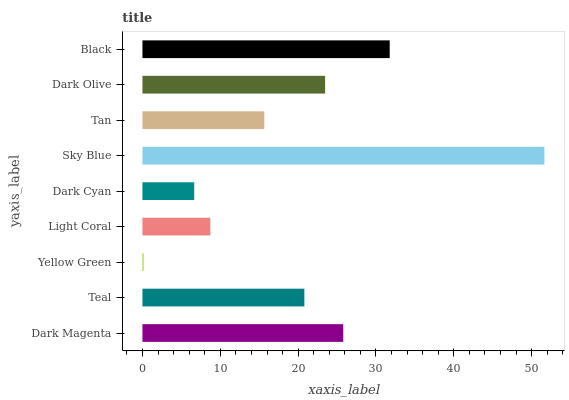
| yaxis_label | bars |
 | --- | --- |
 | Dark Magenta | 25.8 |
 | Teal | 20.8 |
 | Yellow Green | 0.135 |
 | Light Coral | 8.72 |
 | Dark Cyan | 6.65 |
 | Sky Blue | 51.6 |
 | Tan | 15.7 |
 | Dark Olive | 23.5 |
 | Black | 31.8 |